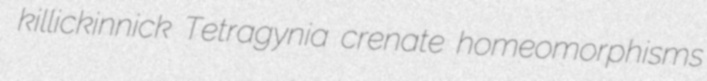
killickinnick Tetragynia crenate homeomorphisms